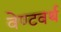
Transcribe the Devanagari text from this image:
वेण्टवर्थ